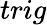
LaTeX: trig